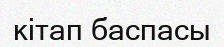
кітап баспасы